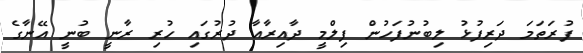
ފުރަތަމަ ދަރިފުޅު ލިބުނުފަހުން ފިލްމީ ދާއިރާއާ ދުރުގައި ހުރި ރާނީ ބުނީ އޭނާގެ